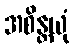
အစိန္တယုံ